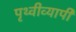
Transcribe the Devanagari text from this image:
पृथ्वीव्यापी